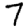
Digit: 7